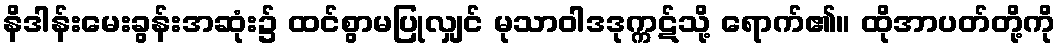
နိဒါန်းမေးခွန်းအဆုံး၌ ထင်စွာမပြုလျှင် မုသာဝါဒဒုက္ကဋ်သို့ ရောက်၏။ ထိုအာပတ်တို့ကို